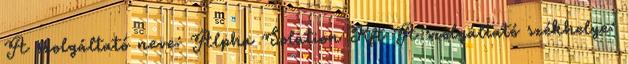
A szolgáltató neve: Alpha Solution Kft A szolgáltató székhelye: